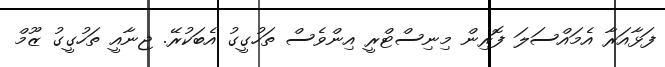
ފަޅާއަރާ އެމައްސަލަ ފޮރިން މިނިސްޓްރީ އިންވެސް ތަހުގީގު އެބަކުރޭ. ޖިނާއީ ތަހުގީގު ޒޫމް